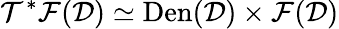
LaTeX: \mathcal{T}^{*}\mathcal{{F}}(\mathcal{{D}})\simeq\textrm{{Den}}(\mathcal{{D}})\times\mathcal{{F}}(\mathcal{{D}})